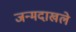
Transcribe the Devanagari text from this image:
जन्मदाखले